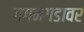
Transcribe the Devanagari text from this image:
गगनगडावर